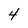
Character: 4